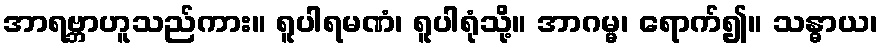
အာရဗ္ဘာဟူသည်ကား။ ရူပါရမဏံ၊ ရူပါရုံသို့။ အာဂမ္မ၊ ရောက်၍။ သန္ဓာယ၊